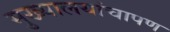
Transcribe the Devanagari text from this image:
मुख्यालयांचापण